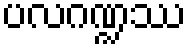
ပလဂဏ္ဍဿ